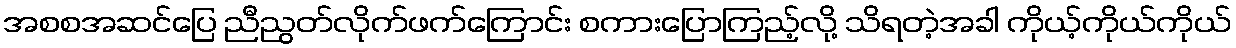
အစစအဆင်ပြေ ညီညွတ်လိုက်ဖက်ကြောင်း စကားပြောကြည့်လို့ သိရတဲ့အခါ ကိုယ့်ကိုယ်ကိုယ်